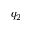
q _ { 2 }